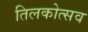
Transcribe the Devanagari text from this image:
तिलकोत्सव